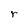
Character: r